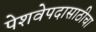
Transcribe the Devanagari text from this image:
पेशवेपदासाठीचा